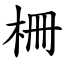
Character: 柵